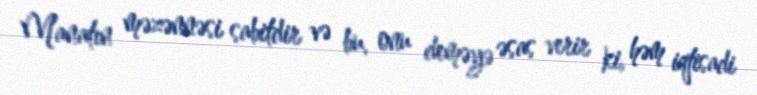
Manatın məzənnəsi sabitdir və bu, onu deməyə əsas verir ki, həm iqtisadi